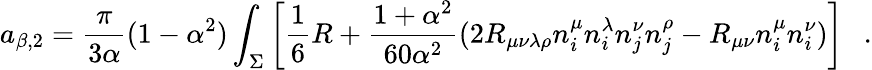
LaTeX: a_{\beta,2}={\frac{\pi}{3\alpha}}(1-\alpha^{2})\int_{\Sigma}\left[\frac 16R+{\frac{1+\alpha^{2}}{60\alpha^{2}}}(2R_{\mu\nu\lambda\rho}n_{i}^{\mu}n_{i}^{\lambda}n_{j}^{\nu}n_{j}^{\rho}-R_{\mu\nu}n_{i}^{\mu}n_{i}^{\nu})\right]~~~.